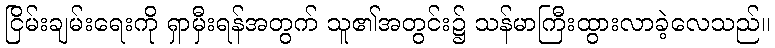
ငြိမ်းချမ်းရေးကို ရှာမှီးရန်အတွက် သူ၏အတွင်း၌ သန်မာကြီးထွားလာခဲ့လေသည်။